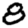
Digit: 8